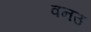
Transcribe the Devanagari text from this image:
वनउ